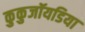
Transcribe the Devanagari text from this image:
कुकुजॉयडिया